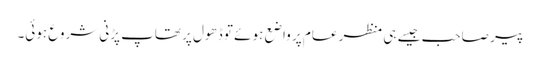
پیر صاحب جیسے ہی منظر عام پر واضع ہوئے تو ڈھول پر تھاپ پڑنی شروع ہوئی۔